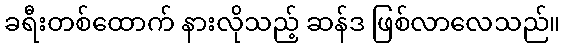
ခရီးတစ်ထောက် နားလိုသည့် ဆန်ဒ ဖြစ်လာလေသည်။